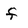
Character: f